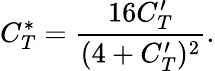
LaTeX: C_{T}^{*}=\frac{16C_{T}^{\prime}}{(4+C_{T}^{\prime})^{2}}.